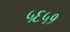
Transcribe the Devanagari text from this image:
५६५१